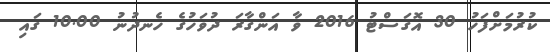
ކުރުމަށްފަހު 30 އޮގަސްޓު 2016 ވާ އަންގާރަ ދުވަހުގެ ހެނދުނު 10.00 ގައި